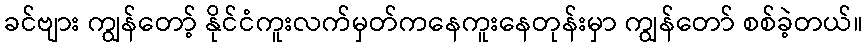
ခင်ဗျား ကျွန်တော့် နိုင်ငံကူးလက်မှတ်ကနေကူးနေတုန်းမှာ ကျွန်တော် စစ်ခဲ့တယ်။